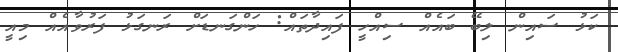
ކަޅު ސައިން ލިބޭ ބައެއް ސިއްހީ ފައިދާތައް: ހަންގަނޑަށް ރަނގަޅު ފަރުވާއެއް މިއީ